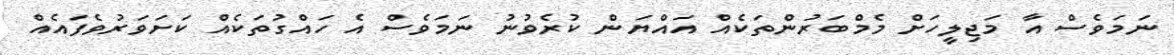
ނަމަވެސް އާ މަޖިލީހަށް މެމްބަރުންތަކެއް އައްޔަން ކުރެވުނު ނަމަވެސް އެ ހައްގުތަކެއް ކަށަވަރުވެފައެއް